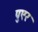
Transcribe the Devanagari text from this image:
पुएर